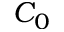
C _ { 0 }